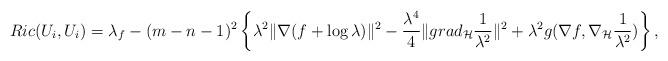
LaTeX: \begin{align*}Ric(U_i, U_i)& = \lambda_f - (m-n-1)^2 \left\{ \lambda^2 \|\nabla (f + \log \lambda)\|^2 - \frac{\lambda^4}{4} \|grad_{\mathcal{H}} \frac{1}{\lambda^2}\|^2 + \lambda^2 g(\nabla f, \nabla_{\mathcal{H}} \frac{1}{\lambda^2})\right\},\end{align*}